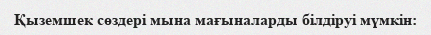
Қыземшек сөздері мына мағыналарды білдіруі мүмкін: